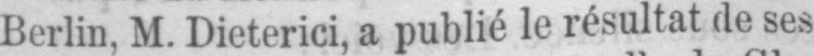
Berlin, M. Dieterici, a publié le résultat de ses